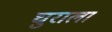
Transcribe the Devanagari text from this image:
घुराला